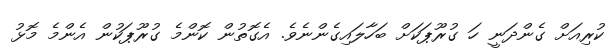
ކުރިއަށް ގެންދަނީ ހަ ގުރޫޕަކަށް ބަހާލައިގެންނެވެ. އެގޮތުން ކޮންމެ ގުރޫޕަކުން އެންމެ މޮޅު